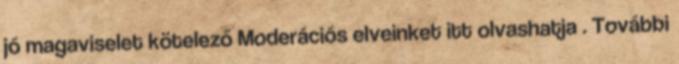
jó magaviselet kötelező Moderációs elveinket itt olvashatja . További